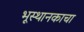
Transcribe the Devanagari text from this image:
भूस्थानकाचा